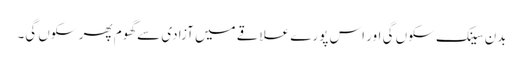
بدن سینک سکوں گی اور اس پورے علاقے میں آزادی سے گھوم پھر سکوں گی۔